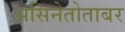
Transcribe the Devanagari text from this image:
असिनेतोताबर